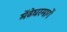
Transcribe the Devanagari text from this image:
मेंढेघरमार्गे